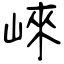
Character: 崍